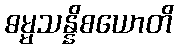
ဓမ္မသန္နိစယောတိ